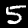
Label: 5